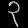
Digit: ၃